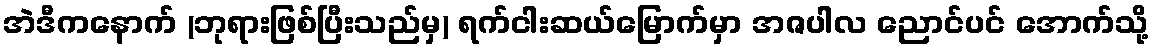
အဲဒီကနောက် (ဘုရားဖြစ်ပြီးသည်မှ) ရက်ငါးဆယ်မြောက်မှာ အဇပါလ ညောင်ပင် အောက်သို့